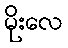
မိုးလေ